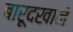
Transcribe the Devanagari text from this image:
बारूदखाने